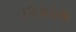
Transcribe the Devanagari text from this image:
।२००७